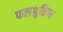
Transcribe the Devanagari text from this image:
फलश्रुतिपर